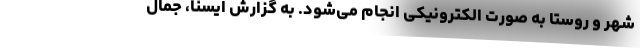
شهر و روستا به صورت الکترونیکی انجام می‌شود. به گزارش ایسنا، جمال